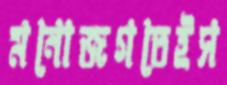
মনোজগতেইস